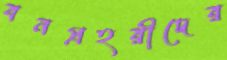
বনপ্রহরীদের